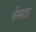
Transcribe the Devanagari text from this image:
चेम्पटा